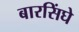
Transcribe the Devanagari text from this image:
बारसिंघे